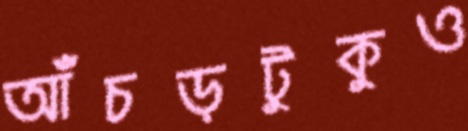
আঁচড়টুকুও